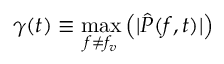
\boldsymbol { \gamma } ( t ) \equiv \underset { f \neq f _ { v } } { \operatorname* { m a x } } \left( | \hat { \boldsymbol { P } } ( f , t ) | \right)